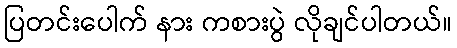
ပြတင်းပေါက် နား ကစားပွဲ လိုချင်ပါတယ်။